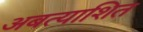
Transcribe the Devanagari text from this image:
अबत्याशित